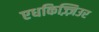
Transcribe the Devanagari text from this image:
एधकिज़्ज़िउर